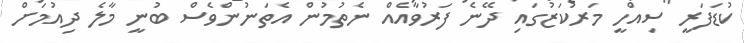
ކުޑަފަރީ ސިއްހީ މަރުކަޒުގައި ދޭނެ ފަރުވާއެއް ނެތުމުން އެތަނުންވެސް ބުނީ މާލެ ދިއުމަށް